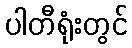
ပါတီရုံးတွင်